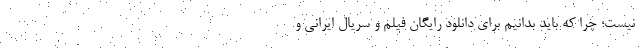
نیست؛ چرا که باید بدانیم برای دانلود رایگان فیلم و سریال ایرانی و